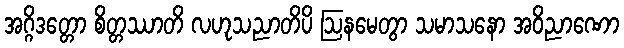
အဂ္ဂိဒတ္တော စိတ္တဿာတိ လဟုသညာတိပိ ဩနမေတွာ သမာသနော အဝိညာဏော